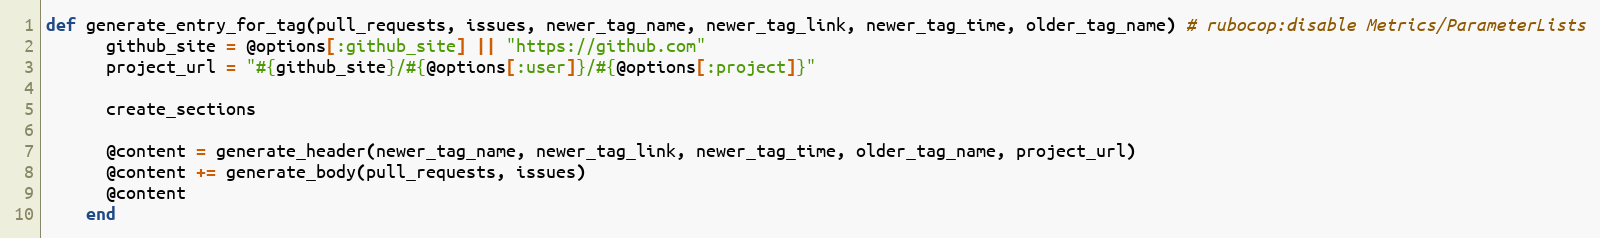
Language: Ruby
def generate_entry_for_tag(pull_requests, issues, newer_tag_name, newer_tag_link, newer_tag_time, older_tag_name) # rubocop:disable Metrics/ParameterLists
      github_site = @options[:github_site] || "https://github.com"
      project_url = "#{github_site}/#{@options[:user]}/#{@options[:project]}"

      create_sections

      @content = generate_header(newer_tag_name, newer_tag_link, newer_tag_time, older_tag_name, project_url)
      @content += generate_body(pull_requests, issues)
      @content
    end